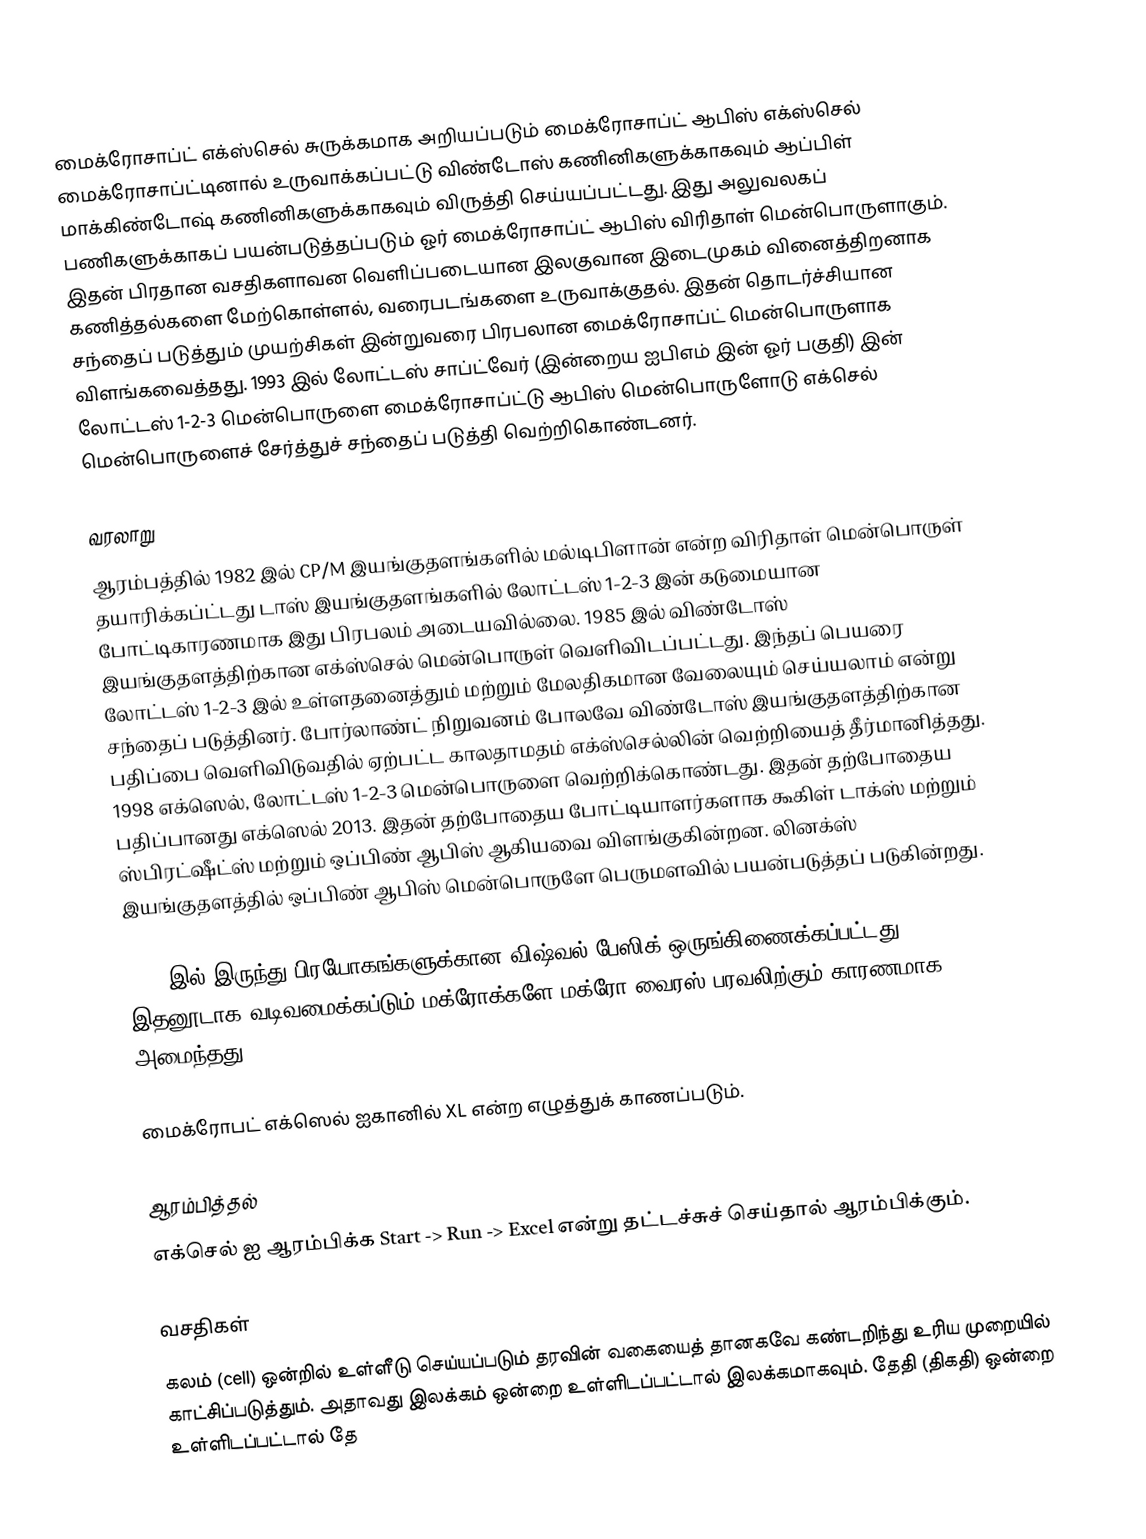
மைக்ரோசாப்ட் எக்ஸ்செல் சுருக்கமாக அறியப்படும் மைக்ரோசாப்ட் ஆபிஸ் எக்ஸ்செல் மைக்ரோசாப்ட்டினால் உருவாக்கப்பட்டு விண்டோஸ் கணினிகளுக்காகவும் ஆப்பிள் மாக்கிண்டோஷ் கணினிகளுக்காகவும் விருத்தி செய்யப்பட்டது. இது அலுவலகப் பணிகளுக்காகப் பயன்படுத்தப்படும் ஓர் மைக்ரோசாப்ட் ஆபிஸ் விரிதாள் மென்பொருளாகும். இதன் பிரதான வசதிகளாவன வெளிப்படையான இலகுவான இடைமுகம் வினைத்திறனாக கணித்தல்களை மேற்கொள்ளல், வரைபடங்களை உருவாக்குதல். இதன் தொடர்ச்சியான சந்தைப் படுத்தும் முயற்சிகள் இன்றுவரை பிரபலான மைக்ரோசாப்ட் மென்பொருளாக விளங்கவைத்தது. 1993 இல் லோட்டஸ் சாப்ட்வேர் (இன்றைய ஐபிஎம் இன் ஓர் பகுதி) இன் லோட்டஸ் 1-2-3 மென்பொருளை மைக்ரோசாப்ட்டு ஆபிஸ் மென்பொருளோடு எக்செல் மென்பொருளைச் சேர்த்துச் சந்தைப் படுத்தி வெற்றிகொண்டனர்.

வரலாறு
ஆரம்பத்தில் 1982 இல் CP/M இயங்குதளங்களில் மல்டிபிளான் என்ற விரிதாள் மென்பொருள் தயாரிக்கப்ட்டது டாஸ் இயங்குதளங்களில் லோட்டஸ் 1-2-3 இன் கடுமையான போட்டிகாரணமாக இது பிரபலம் அடையவில்லை. 1985 இல் விண்டோஸ் இயங்குதளத்திற்கான எக்ஸ்செல் மென்பொருள் வெளிவிடப்பட்டது. இந்தப் பெயரை லோட்டஸ் 1-2-3 இல் உள்ளதனைத்தும் மற்றும் மேலதிகமான வேலையும் செய்யலாம் என்று சந்தைப் படுத்தினர். போர்லாண்ட் நிறுவனம் போலவே விண்டோஸ் இயங்குதளத்திற்கான பதிப்பை வெளிவிடுவதில் ஏற்பட்ட காலதாமதம் எக்ஸ்செல்லின் வெற்றியைத் தீர்மானித்தது. 1998 எக்ஸெல், லோட்டஸ் 1-2-3 மென்பொருளை வெற்றிக்கொண்டது. இதன் தற்போதைய பதிப்பானது எக்ஸெல் 2013. இதன் தற்போதைய போட்டியாளர்களாக கூகிள் டாக்ஸ் மற்றும் ஸ்பிரட்ஷீட்ஸ் மற்றும் ஒப்பிண் ஆபிஸ் ஆகியவை விளங்குகின்றன. லினக்ஸ் இயங்குதளத்தில் ஒப்பிண் ஆபிஸ் மென்பொருளே பெருமளவில் பயன்படுத்தப் படுகின்றது.

1993 இல் இருந்து பிரயோகங்களுக்கான விஷ்வல் பேஸிக் ஒருங்கிணைக்கப்பட்டது. இதனூடாக வடிவமைக்கப்டும் மக்ரோக்களே மக்ரோ வைரஸ் பரவலிற்கும் காரணமாக அமைந்தது.

மைக்ரோபட் எக்ஸெல் ஐகானில் XL என்ற எழுத்துக் காணப்படும்.

ஆரம்பித்தல்
எக்செல் ஐ ஆரம்பிக்க Start -> Run -> Excel என்று தட்டச்சுச் செய்தால் ஆரம்பிக்கும்.

வசதிகள்
 கலம் (cell) ஒன்றில் உள்ளீடு செய்யப்படும் தரவின் வகையைத் தானகவே கண்டறிந்து உரிய முறையில் காட்சிப்படுத்தும். அதாவது இலக்கம் ஒன்றை உள்ளிடப்பட்டால் இலக்கமாகவும். தேதி (திகதி) ஒன்றை உள்ளிடப்பட்டால் தே